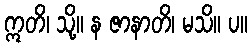
ဣတိ၊ သို့။ န ဇာနာတိ၊ မသိ။ ပ။